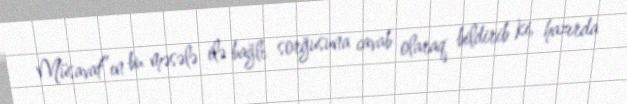
Müsavat”ın bu məsələ ilə bağlı sorğusuna cavab olaraq bildirib ki, hazırda